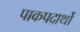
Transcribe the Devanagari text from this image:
पाकपदार्थो